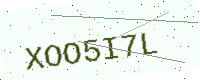
Text: XOO5I7L